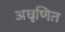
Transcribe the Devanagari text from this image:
अघृणित